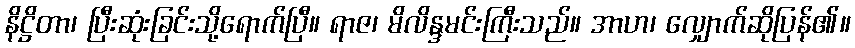
နိဋ္ဌိတာ၊ ပြီးဆုံးခြင်းသို့ရောက်ပြီ။ ရာဇ၊ မိလိန္ဒမင်းကြီးသည်။ အာဟ၊ လျှောက်ဆိုပြန်၏။